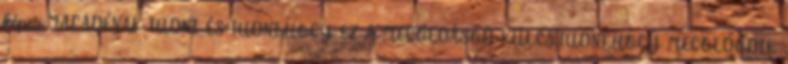
képes.MAGADÉNAK TUDNI ÉS TUDNI.HOGY EZ A MEGOLDÁSOD KULCS.TUDNI.HOGY MEGOLDÓDIK